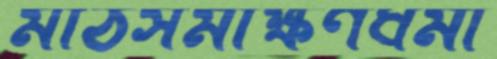
মাঠসমীক্ষণধর্মী